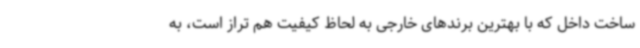
ساخت داخل که با بهترین برندهای خارجی به لحاظ کیفیت هم تراز است، به